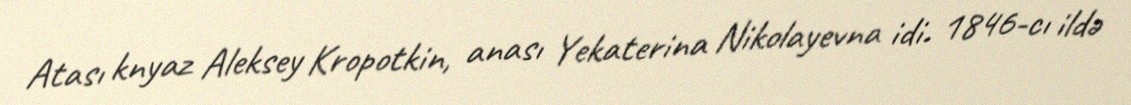
Atası knyaz Aleksey Kropotkin, anası Yekaterina Nikolayevna idi. 1846-cı ildə